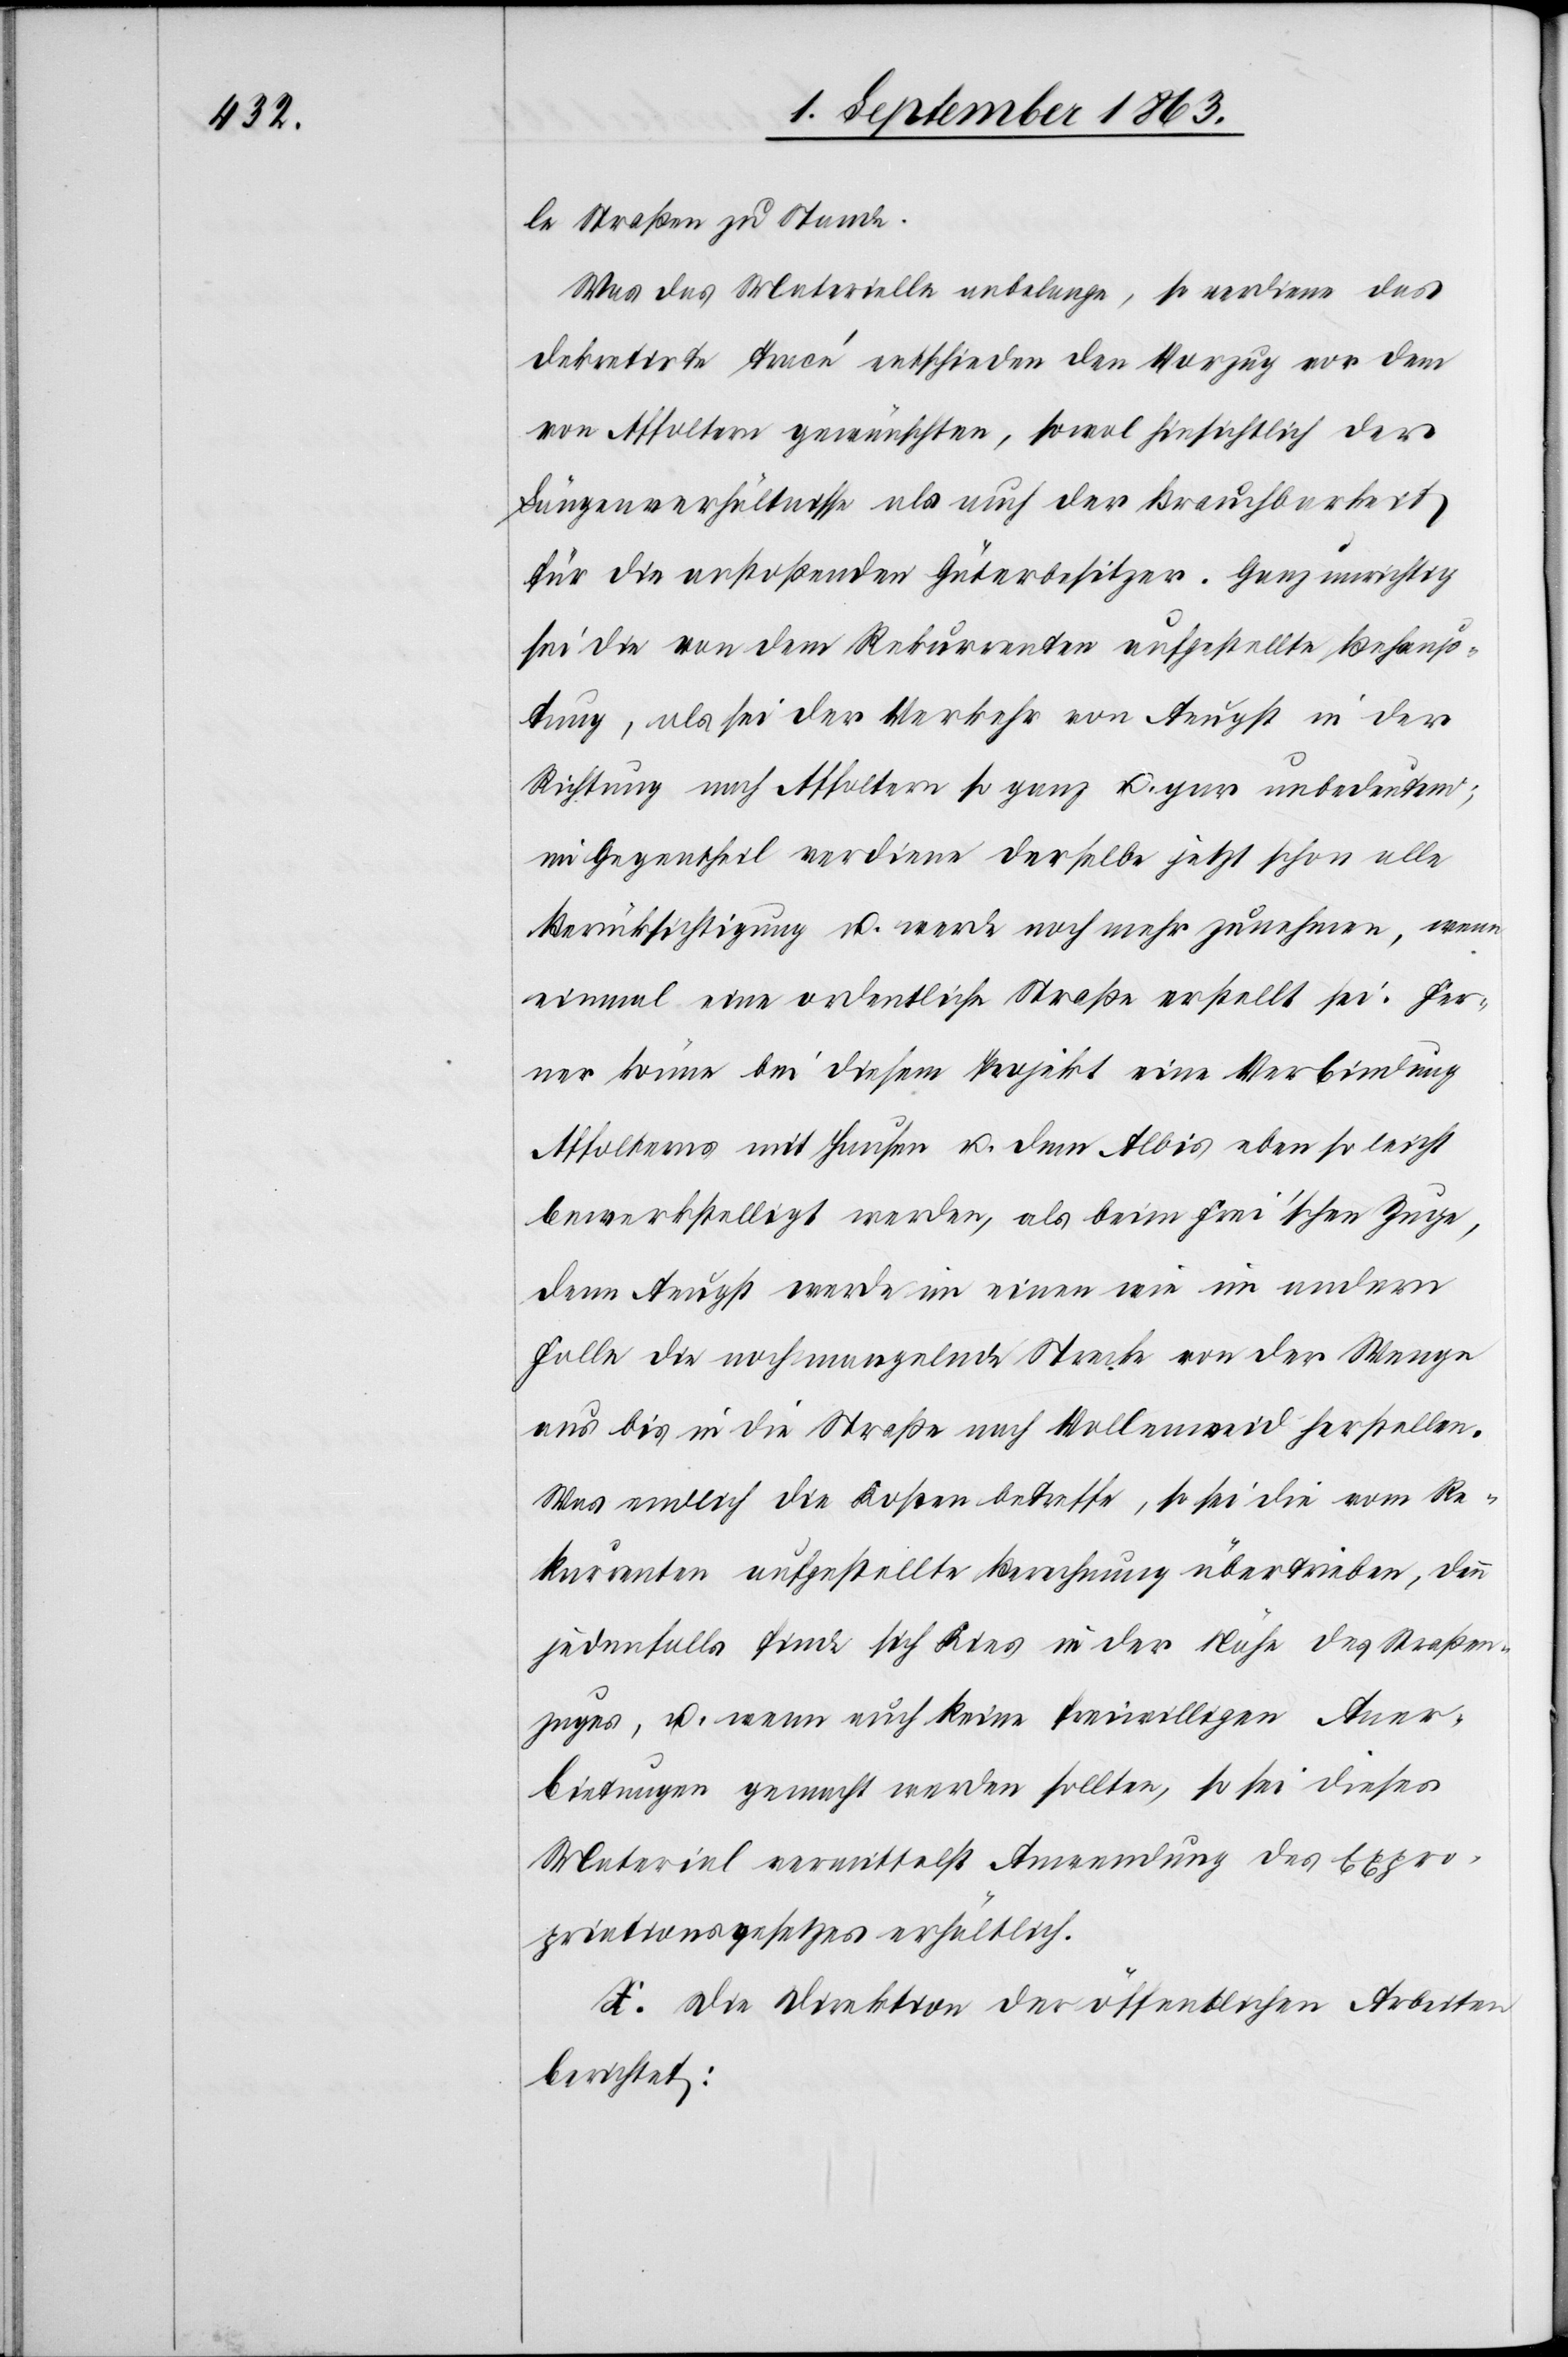
le Straßen zu Stande.
Was das Materielle anbelange, so verdiene das
dekretirte Tracé entschieden den Vorzug vor dem
von Affoltern gewünschten, sowol hinsichtlich der
Längenverhältnisse als auch der Brauchbarkeit
für die anstoßenden Güterbesitzer. Ganz unrichtig
sei die von dem Rekurrenten aufgestellte Behaup¬
tung, als sei der Verkehr von Aeugst in der
Richtung nach Affoltern so ganz u. gar unbedeutend;
im Gegentheil verdiene derselbe jetzt schon alle
Berücksichtigung u. werde noch mehr zunehmen, wenn
einmal eine ordentliche Straße erstellt sei. Fer¬
ner könne bei diesem Projekt eine Verbindung
Affolterns mit Hausen u. dem Albis eben so leicht
bewerkstelligt werden, als beim Frei'schen Zuge,
denn Aeugst werde im einen wie im andern
Falle die noch mangelnde Strecke von der Wenge
aus bis in die Straße nach Vollenweid herstellen.
Was endlich die Kosten betreffe, so sei die vom Re¬
kurrenten aufgestellte Berechnung übertrieben, denn
jedenfalls finde sich Kies in der Nähe des Straßen¬
zuges, u. wenn auch keine freiwilligen Aner¬
bietungen gemacht werden sollten, so sei dieses
Material vermittelst Anwendung des Expro¬
priationsgesetzes erhältlich.
X. Die Direktion der öffentlichen Arbeiten
berichtet: